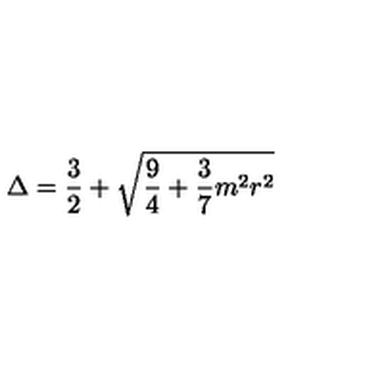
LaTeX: \Delta = \frac { 3 } { 2 } + \sqrt { \frac { 9 } { 4 } + \frac { 3 } { 7 } m ^ { 2 } r ^ { 2 } }